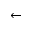
\leftarrow